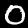
Digit: 0